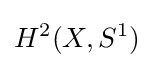
H^{2}(X,S^{1})